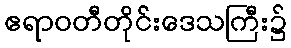
ဧရာဝတီတိုင်းဒေသကြီး၌